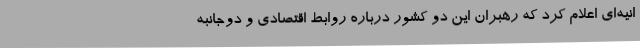
انیه‌ای اعلام کرد که رهبران این دو کشور درباره روابط اقتصادی و دوجانبه